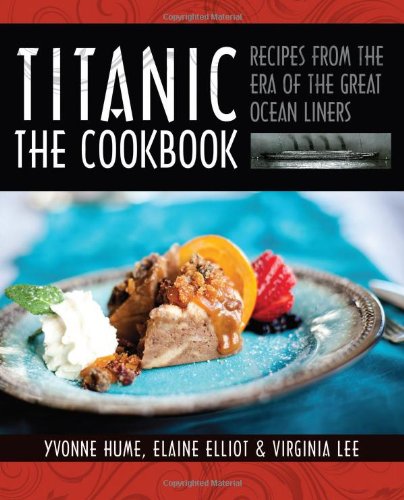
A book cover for Titanic: The Cookbook: Recipes from the Era of the Great Ocean Liners; Yvonne Hume; Cookbooks, Food & Wine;